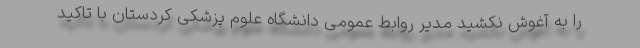
را به آغوش نکشید مدیر روابط عمومی دانشگاه علوم پزشکی کردستان با تاکید